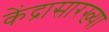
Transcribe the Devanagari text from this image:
केंद्रासारख्या